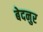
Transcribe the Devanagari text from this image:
बेदनुर